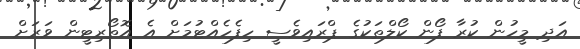
އަދި މީހުން ކުރާ ފޯން ކޯލްތަކުގެ ޕްރައިވެސީ ހިފެހެއްޓުމަށް އެ އޮތޯރިޓީން ވަރަށް